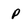
Character: P